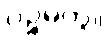
ပဉ္စမတွဲ။